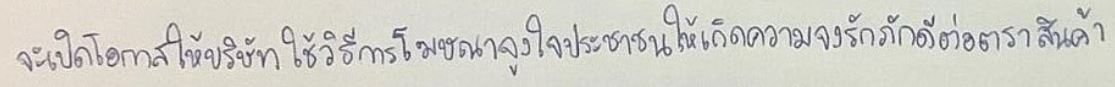
จะเปิดโอกาสให้บริษัทใช้วิธีการโฆษณาจูงใจประชาชนให้เกิดความจงรักภักดีต่อตราสินค้า